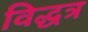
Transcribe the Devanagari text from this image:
विद्धत्र